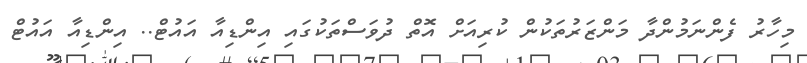
މިހާރު ފެންނަމުންދާ މަންޒަރުތަކުން ކުރިއަށް އޮތް ދުވަސްތަކުގައި އިންޑިއާ އައުޓް.. އިންޑިއާ އައުޓް